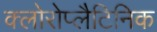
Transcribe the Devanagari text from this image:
क्लोरोप्लैटिनिक